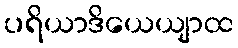
ပရိယာဒိယေယျာထ